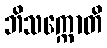
ဘိသက္ကောတိ